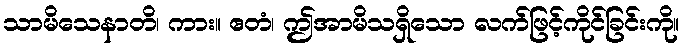
သာမိသေနာတိ၊ ကား။ ဧတံ၊ ဤအာမိသရှိသော လက်ဖြင့်ကိုင်ခြင်းကို။